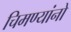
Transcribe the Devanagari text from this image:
चिमण्यांनो